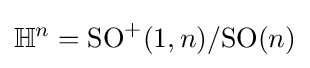
\mathbb {H} ^{n}=\mathrm {SO} ^{+}(1,n)/\mathrm {SO} (n)